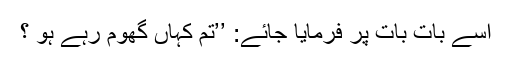
اسے بات بات پر فرمایا جائے: ’’تم کہاں گھوم رہے ہو ؟